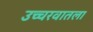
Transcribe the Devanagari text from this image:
उच्चरवातला